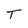
Character: T